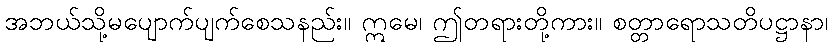
အဘယ်သို့မပျောက်ပျက်စေသနည်း။ ဣမေ၊ ဤတရားတို့ကား။ စတ္တာရောသတိပဋ္ဌာနာ၊